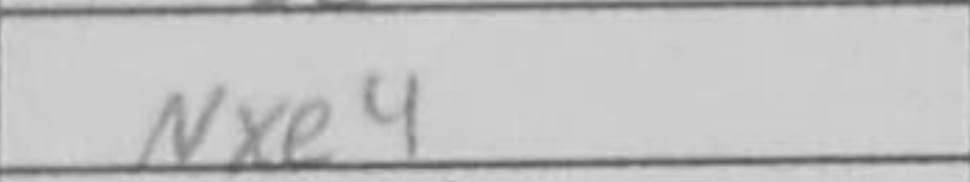
Transcription: Nxe4